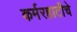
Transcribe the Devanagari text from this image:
कर्मरहाटीचे